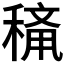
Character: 𱶙